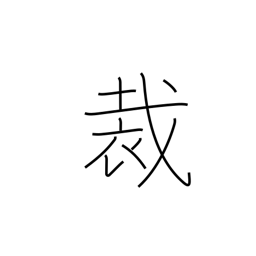
Meaning: decision